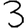
Digit: 3